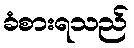
ခံစားရသည်